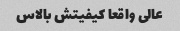
عالی واقعا کیفیتش بالاس